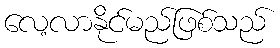
လေ့လာနိုင်မည်ဖြစ်သည်